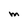
Character: M